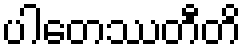
ပါတေဿတီတိ